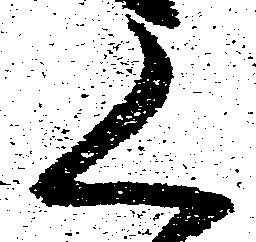
く